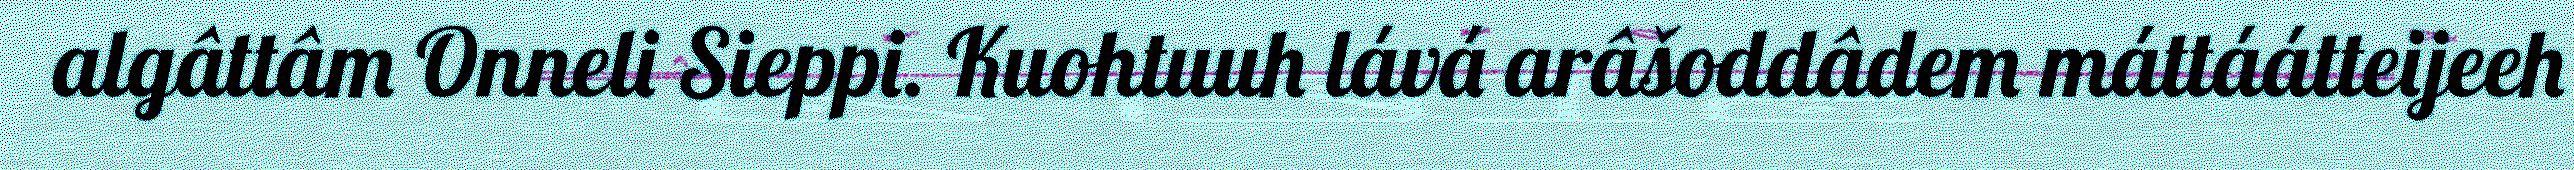
algâttâm Onneli Sieppi. Kuohtuuh lává arâšoddâdem máttáátteijeeh